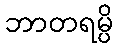
ဘာတရမ္ပိ